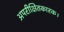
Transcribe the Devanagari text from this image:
अपरीक्षितकारक।